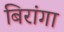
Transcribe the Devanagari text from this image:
बिरांगा